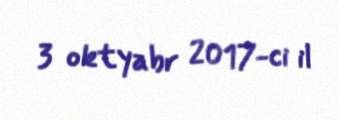
3 oktyabr 2017-ci il